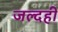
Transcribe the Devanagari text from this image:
जल्‍दही